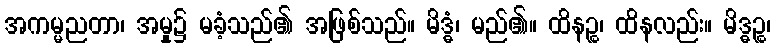
အကမ္မညတာ၊ အမှု၌ မခံ့သည်၏ အဖြစ်သည်။ မိဒ္ဓံ၊ မည်၏။ ထိနဉ္စ၊ ထိနလည်း။ မိဒ္ဓဉ္စ၊